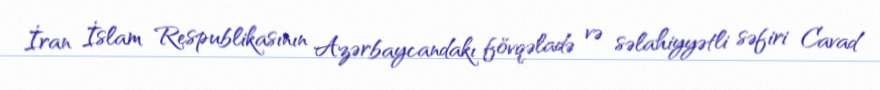
İran İslam Respublikasının Azərbaycandakı fövqəladə və səlahiyyətli səfiri Cavad